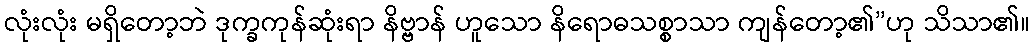
လုံးလုံး မရှိတော့ဘဲ ဒုက္ခကုန်ဆုံးရာ နိဗ္ဗာန် ဟူသော နိရောဓသစ္စာသာ ကျန်တော့၏”ဟု သိသာ၏။